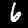
Digit: 6